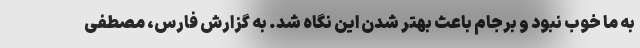
به ما خوب نبود و برجام باعث بهتر شدن این نگاه شد. به گزارش فارس، مصطفی